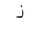
Letter: _zay